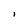
Character: i